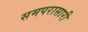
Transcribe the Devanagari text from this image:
समपरासारी